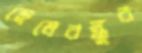
ছেলেবন্ধুর